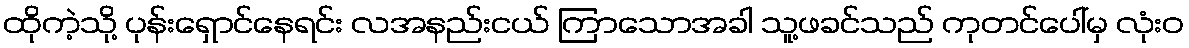
ထိုကဲ့သို့ ပုန်းရှောင်နေရင်း လအနည်းငယ် ကြာသောအခါ သူ့ဖခင်သည် ကုတင်ပေါ်မှ လုံးဝ